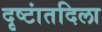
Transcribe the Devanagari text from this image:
दृष्टांतदिला